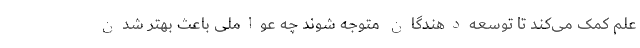
علم کمک می‌کند تا توسعه‌دهندگان متوجه شوند چه عواملی باعث بهتر شدن